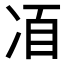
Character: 𠗍